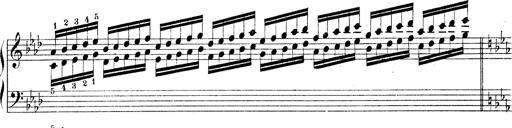
Title: Technische Studien
Composer: Franz Liszt